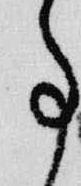
事